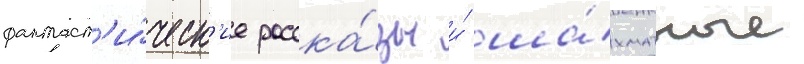
фантаст'и́ческ'ие расска́зы и́ ша́хматные